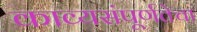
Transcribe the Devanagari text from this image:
काव्यसंपूर्णतेचा